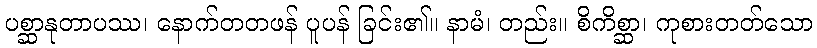
ပစ္ဆာနုတာပဿ၊ နောက်တတဖန် ပူပန် ခြင်း၏။ နာမံ၊ တည်း။ စိကိစ္ဆာ၊ ကုစားတတ်သော